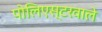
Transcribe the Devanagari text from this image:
पोलिएस्टरवाले